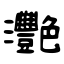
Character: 灧